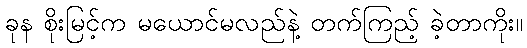
ခုန စိုးမြင့်က မယောင်မလည်နဲ့ တက်ကြည့် ခဲ့တာကိုး။